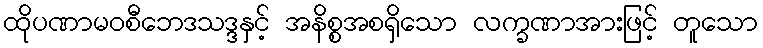
ထိုပဏာမဝစီဘေဒသဒ္ဒနှင့် အနိစ္စအစရှိသော လက္ခဏာအားဖြင့် တူသော